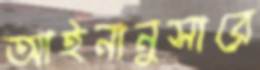
আইনানুসারে